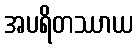
အပရိတဿာယ